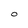
Character: O